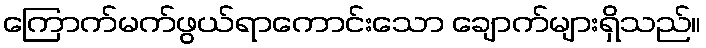
ကြောက်မက်ဖွယ်ရာကောင်းသော ချောက်များရှိသည်။